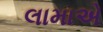
લામાએ